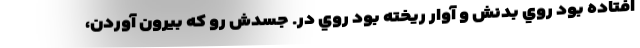
افتاده بود روي بدنش و آوار ريخته بود روي در. جسدش رو كه بيرون آوردن،